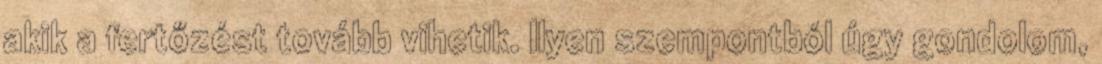
akik a fertőzést tovább vihetik. Ilyen szempontból úgy gondolom,